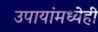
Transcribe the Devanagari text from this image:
उपायांमध्येही